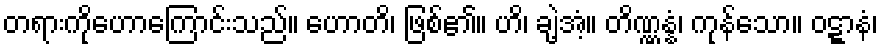
တရားကိုဟောကြောင်းသည်။ ဟောတိ၊ ဖြစ်၏။ ဟိ၊ ချဲ့အံ့။ တိဏ္ဏန္နံ၊ ကုန်သော။ ဝဋ္ဋာနံ၊